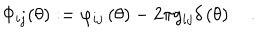
\Phi _ { i j } ( \theta ) : = \varphi _ { i j } \left( \theta \right) - 2 \pi g _ { i j } \delta \left( \theta \right) \quad .